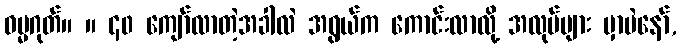
ဓမ္မဂုတ်။ ။ ၄၀ ကျော်လာတဲ့အခါလဲ အရွယ်က ကောင်းလာလို့ အလုပ်များ မှာပဲနော်,